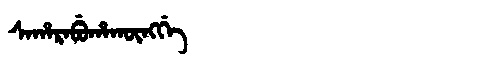
Manchu: ᠰᠠᡥᠠᡵᠠᠪᡠᡥᠠᡴᡡᠩᡤᡝ
Romanization: SAHARABUHAKŪNGGE